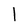
Character: l